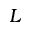
L